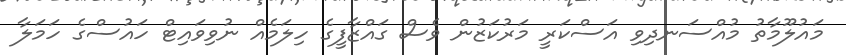
މައުލޫމާތު މުއްސަނދިވި އަސްކަރީ މަރުކަޒުން ވެސް ގައްޒާފީގެ ހިލަމެއް ނުވިވައިޓް ހައުސްގެ ހަމަލާ